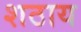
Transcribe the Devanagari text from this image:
शठाय